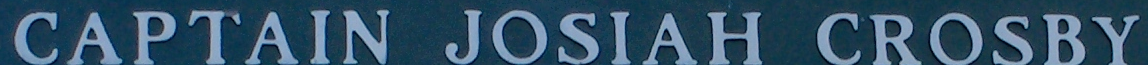
CAPTAIN JOSIAH CROSBY